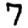
Digit: 7